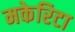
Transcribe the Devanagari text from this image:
मकेरिटा